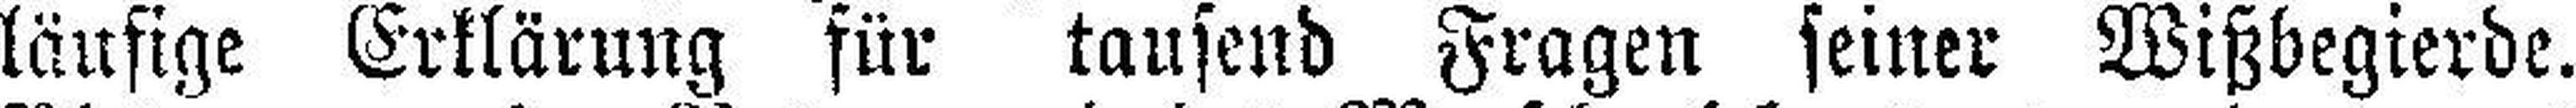
läufige Erklärung für tausend Fragen seiner Wißbegierde.